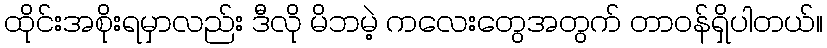
ထိုင်းအစိုးရမှာလည်း ဒီလို မိဘမဲ့ ကလေးတွေအတွက် တာဝန်ရှိပါတယ်။